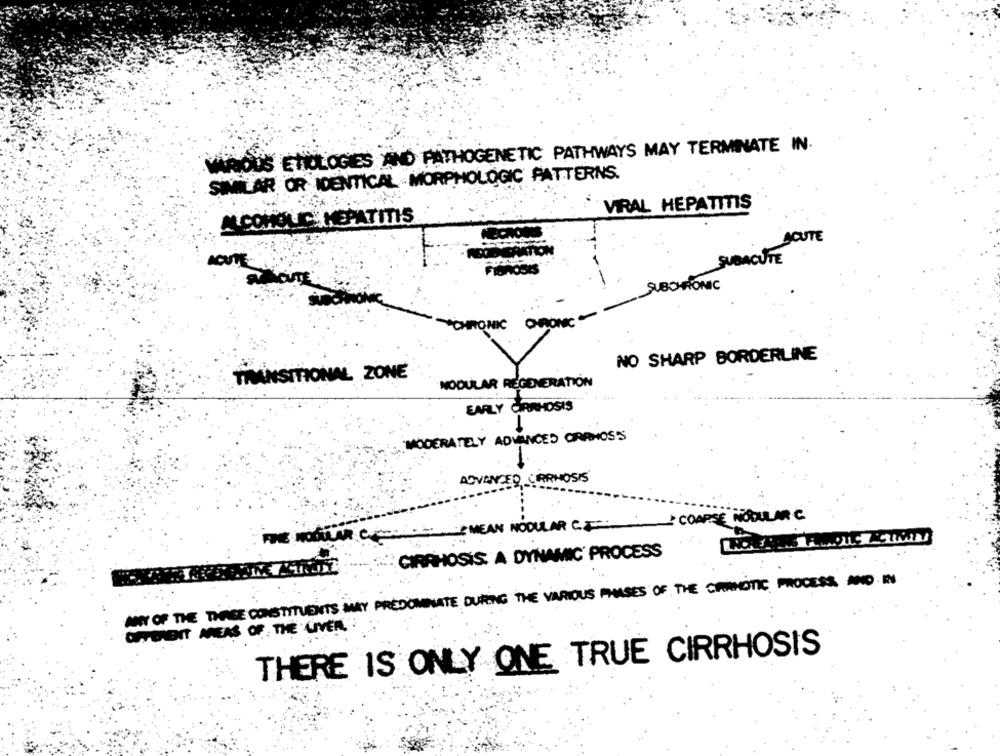
ARIOUS ETIOLOGIES AND PATHOGENETIC PATHWAYS MAY TERMINATE IN.
SIMILAR OR IDENTICAL MORPHOLOGIC PATTERNS.
VIRAL HEPATITIS
COHOLIC HEPATITIS
ACUTE
SUBACUTE
CHRONIC ORONG
NO SHARP BORDERLINE
TRANSITIONAL ZONE
NODULAR REGENERATION
EARLY CIRRHOSIS
MODERATELY ADVANCED ORAMOS'S
ADVANCED CIRRHOSIS
MEAN NODULAR C .. COMPSE MODULAR C
CIRRHOSIS. A DYNAMIC PROCESS
ANY OF THE THREE CONSTITUENTS MAY PREDOMINATE DURING THE VARIOUS PHASES OF THE CRINOTIC PROCESS AND IN
BREIT AREAS OF THE LIVER
THERE IS ONLY ONE TRUE CIRRHOSIS